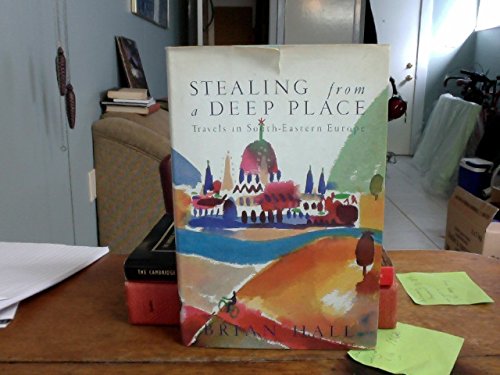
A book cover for Stealing from a Deep Place. Travels in Southeastern Europe; BRIAN HALL; Travel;